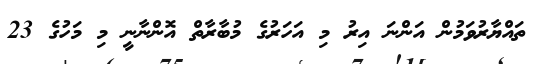
ތައްޔާރުވަމުން އަންނަ އިރު މި އަހަރުގެ މުބާރާތް އޮންނާނީ މި މަހުގެ 23